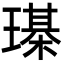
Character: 𤩒